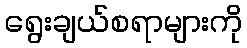
ရွေးချယ်စရာများကို